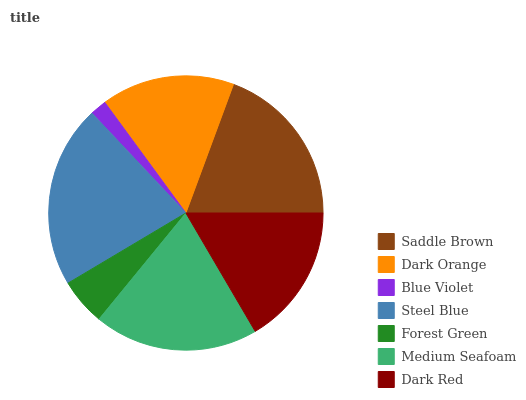
| Saddle Brown | Dark Orange | Blue Violet | Steel Blue | Forest Green | Medium Seafoam | Dark Red |
 | --- | --- | --- | --- | --- | --- | --- |
 | 19.4% | 15.7% | 1.94% | 21.5% | 5.54% | 19.4% | 16.5% |